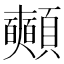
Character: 𩖃